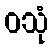
ဝသုံ